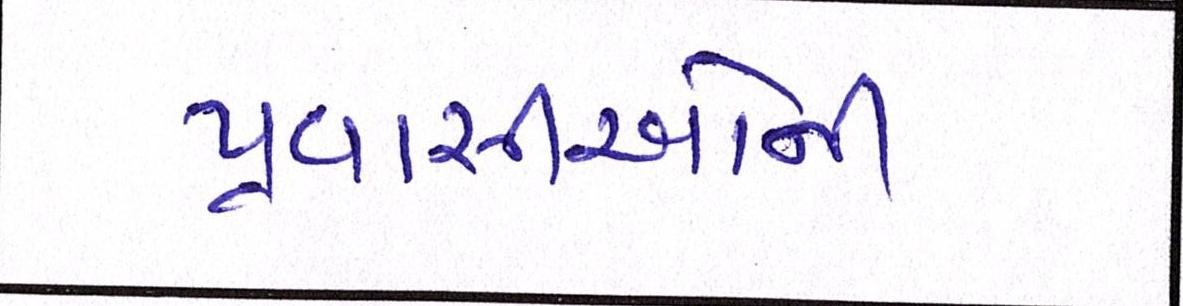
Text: પ્રવાસીઓની